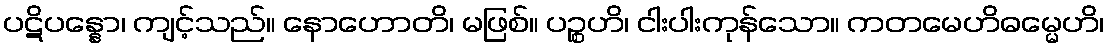
ပဋိပန္နော၊ ကျင့်သည်။ နောဟောတိ၊ မဖြစ်။ ပဉ္စဟိ၊ ငါးပါးကုန်သော။ ကတမေဟိဓမ္မေဟိ၊